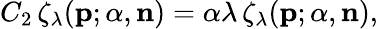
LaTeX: C_{2}\, \zeta_{\lambda}({\mathbf p};{\alpha},{\mathbf n})={\alpha}{\lambda}\, \zeta_{\lambda}({\mathbf p};{\alpha},{\mathbf n}),